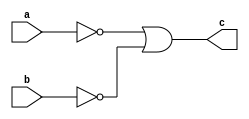
module nanding(a,b,c);

input [15:0]a,b;
output [15:0]c;

wire [15:0]a1,b1;

assign a1[15:0]=~a[15:0];
assign b1[15:0]=~b[15:0];

assign c[15:0]=a1[15:0] | b1[15:0];

endmodule